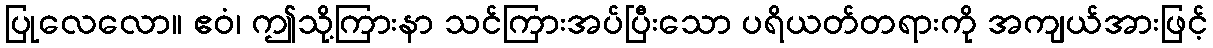
ပြုလေလော။ ဧဝံ၊ ဤသို့ကြားနာ သင်ကြားအပ်ပြီးသော ပရိယတ်တရားကို အကျယ်အားဖြင့်